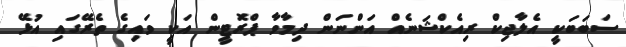
ސަބަބަކީ އެލާޖިކް ރިއެކްޝަނެއް އަންނަން ދިމާވާ ޕްރޮޓީން އަކީ ވައިގެ ތެރޭގައި އުޅޭ